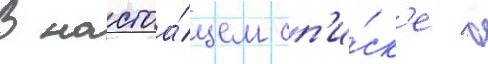
В настоа́щем сп'и́ск'е в